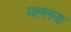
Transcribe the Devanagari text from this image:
मल्लना